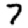
Digit: 7